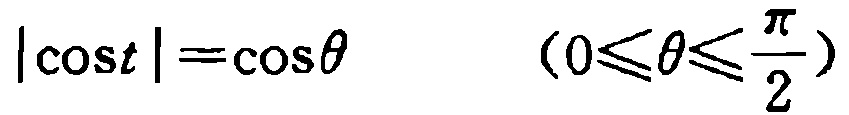
\(|\cos t|=\cos\theta\quad(0\leqslant\theta\leqslant\frac{\pi}{2})\)